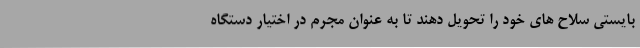
بایستی سلاح های خود را تحویل دهند تا به عنوان مجرم در اختیار دستگاه